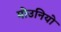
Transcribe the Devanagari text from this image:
मोउनियो